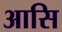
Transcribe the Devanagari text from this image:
आसि